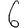
Digit: 6